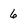
Character: 6